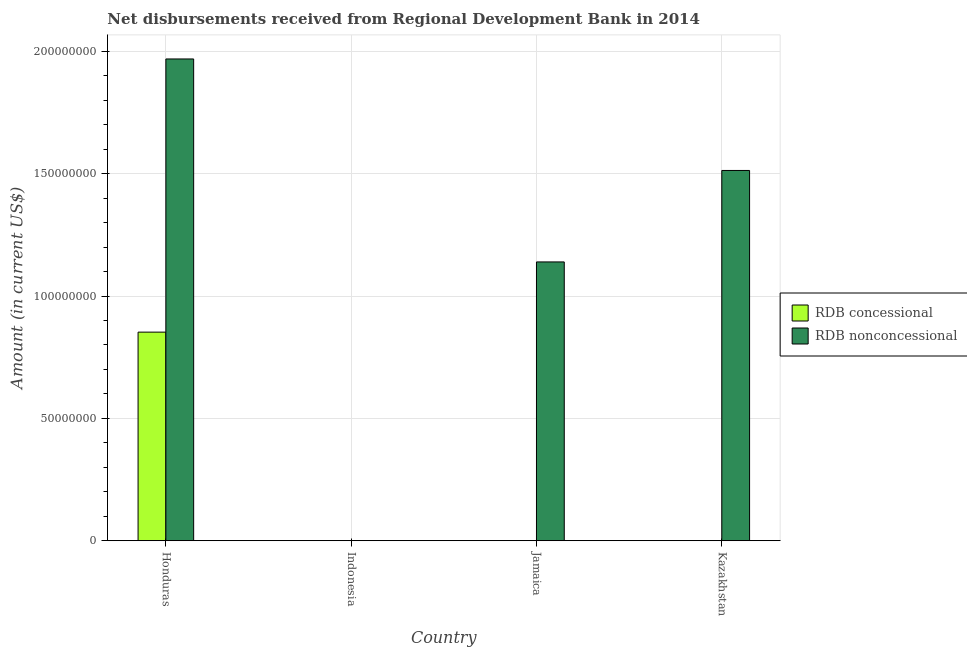
| Country | RDB concessional | RDB nonconcessional |
 | --- | --- | --- |
 | Honduras | 8.53e+07 | 1.97e+08 |
 | Indonesia | -1.18e+08 | -5.44e+08 |
 | Jamaica | -2.6e+06 | 1.14e+08 |
 | Kazakhstan | -3.32e+05 | 1.51e+08 |